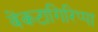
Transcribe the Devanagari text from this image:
वेंकटागिरिप्पा